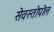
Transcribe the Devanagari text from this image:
सेवस्तोपोल